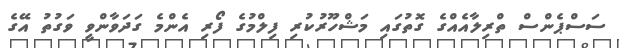
ސަސްޕެންސް ތްރިލާއެއްގެ ގޮތުގައި މަޝްހޫރުކުރި ފިލްމުގެ ފޯރި އެންމެ ގަދަވާންވީ ވަގުތު އޭގެ